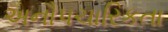
અનૌપચારિકતા